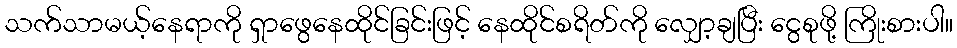
သက်သာမယ့်နေရာကို ရှာဖွေနေထိုင်ခြင်းဖြင့် နေထိုင်စရိတ်ကို လျှော့ချပြီး ငွေစုဖို့ ကြိုးစားပါ။